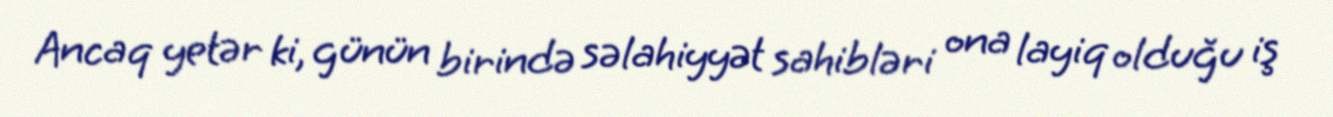
Ancaq yetər ki, günün birində səlahiyyət sahibləri ona layiq olduğu iş